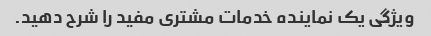
ویژگی یک نماینده خدمات مشتری مفید را شرح دهید.